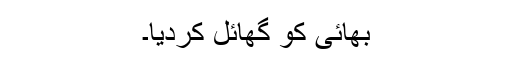
بھائی کو گھائل کردیا۔